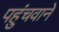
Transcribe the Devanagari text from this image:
पहुंचवाने